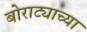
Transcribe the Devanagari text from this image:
बोराट्याच्या